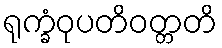
ရုက္ခံဝုပတိဝတ္တတိ